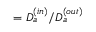
= D _ { a } ^ { ( i n ) } / D _ { a } ^ { ( o u t ) }